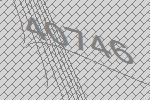
40746